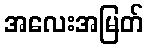
အလေးအမြတ်